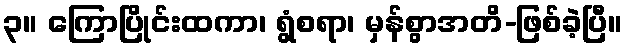
၃။ ကြောပြိုင်းထကာ၊ ရွံစရာ၊ မှန်စွာအတိ-ဖြစ်ခဲ့ပြီ။